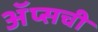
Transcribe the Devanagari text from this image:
ॲप्सची